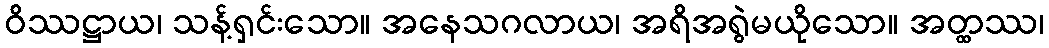
ဝိဿဋ္ဌာယ၊ သန့်ရှင်းသော။ အနေသဂလာယ၊ အရိအရွဲမယိုသော။ အတ္ထဿ၊